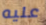
عليه